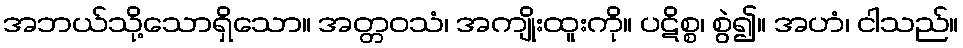
အဘယ်သို့သောရှိသော။ အတ္တဝသံ၊ အကျိုးထူးကို။ ပဋိစ္စ၊ စွဲ၍။ အဟံ၊ ငါသည်။